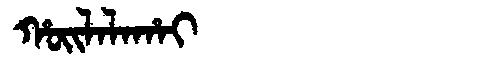
Manchu: ᡥᠣᡳᠯᠠᠯᠠᡥᠠᡳ
Romanization: HOILALAHAI